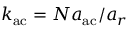
k _ { \mathrm { a c } } = N a _ { \mathrm { a c } } / a _ { r }